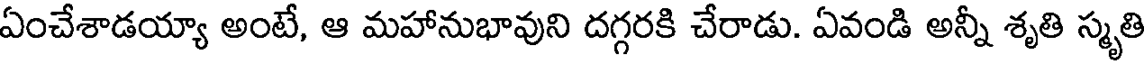
ఏంచేశాడయ్యా అంటే, ఆ మహానుభావుని దగ్గరకి చేరాడు. ఏవండి అన్నీ శృతి స్మృతి